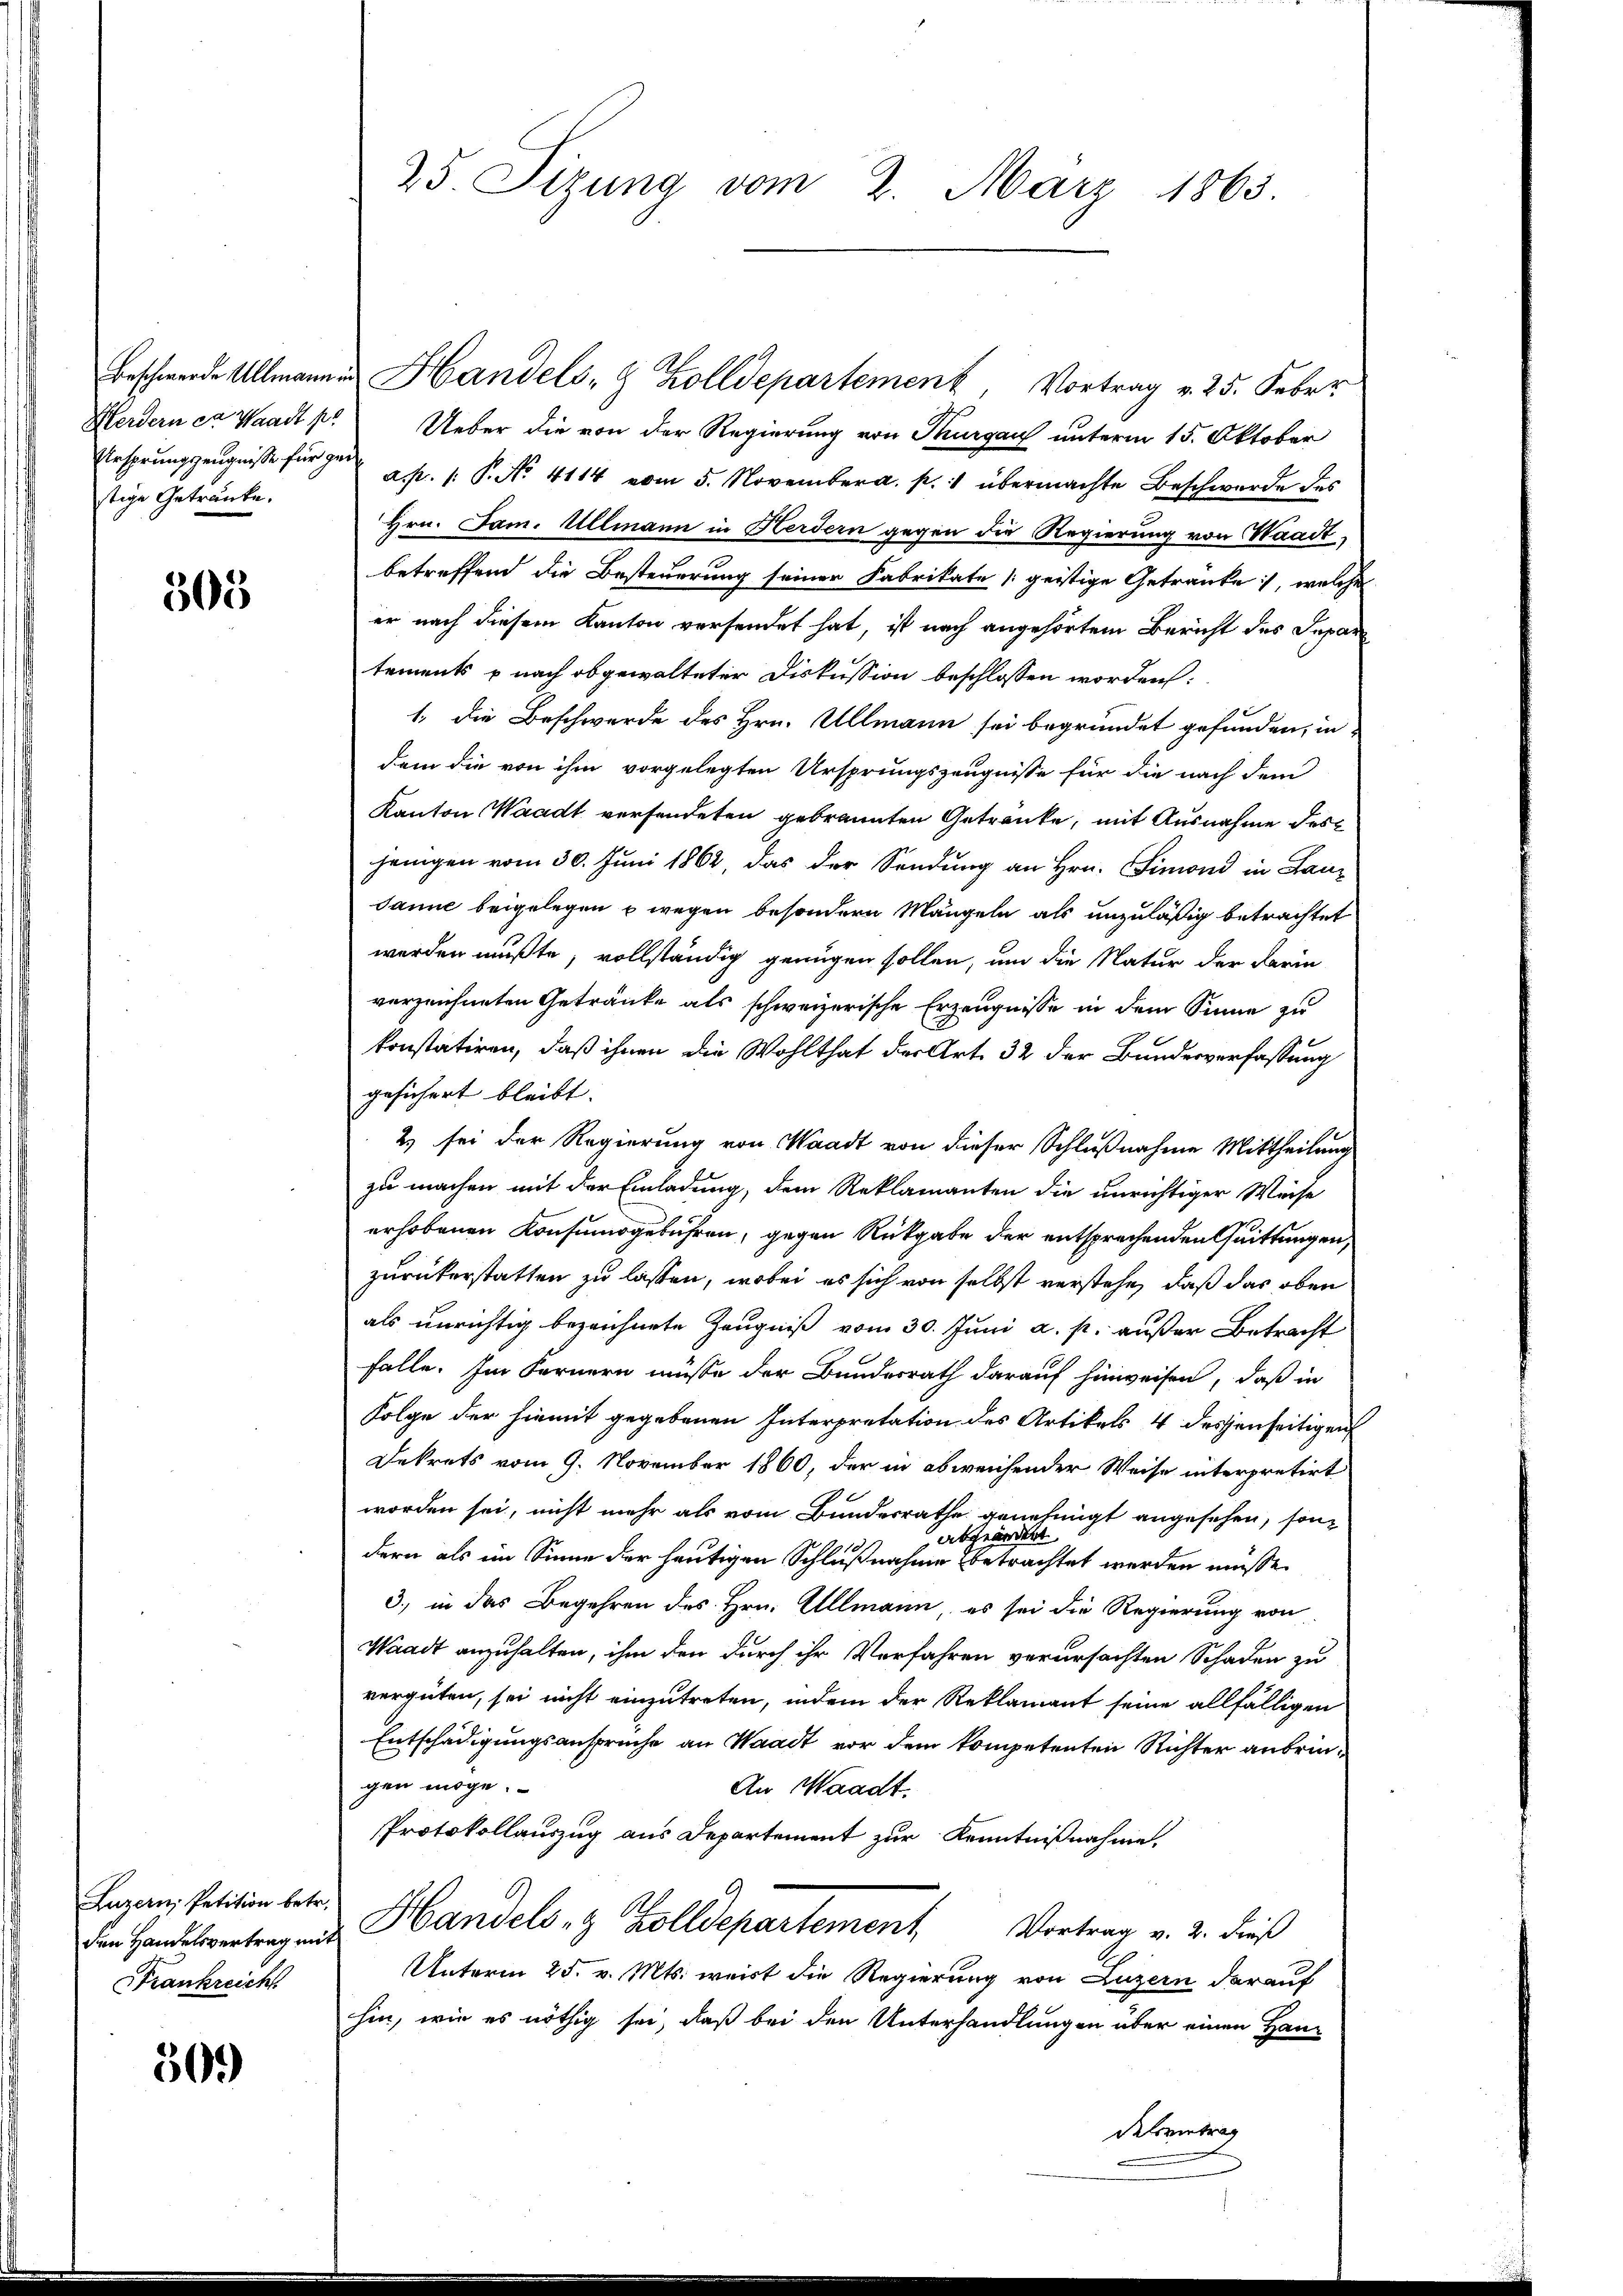
stige Getränke.

365

Luzern, Petition betr.
den Handelsvertrag mit
Frankreich

50.

Beschwerde Ullmannen Handels- & Zolldepartement Vortrag v. 25. Feber
Herdern et Waadt pr Ueber die von der Regierung von Thurgau unterm 15. Oktober
Ursprungszeugnisse für der a. 1. P. No. 4114 vom 5. November a. p. 1 übermachte Beschwerde des
Hrn. Jam. Ullmann in Herdern gegen die Regierung von Waadt,
betreffend die Besteuerung seiner Fabrikate [geistige Getränke, welche
er nach diesem Kanton versendet hat, ist nach angehörtem Bericht des Depar
tements nach obgewalteter Diskussion beschlossen worden:
1. die Beschwerde des Hrn. Ullmann sei begründet gefunden, in
dem die von ihm vorgelegten Ursprungszeugnisse für die nach dem
Kanton Waadt versendeten gebrannten Getränke, mit Ausnahme des
jenigen vom 30. Juni 1862, das der Sendung an Hrn. Simond in Lanz
Janne beigelegen u wegen besondern Mängeln als unzuläßig betrachtet
werden mußte, vollständig genügen sollen, um die Natur der darin
verzeichneten Getränke als schweizerische Erzeugnisse in dem Sinne zu
konstatiren, daß ihnen die Wohlthat der Art. 32 der Bundesverfassung
gesichert bleibt. |
2) sei der Regierung von Waadt von dieser Schlußnahme Mittheilung
zu machen mit der Einladung, dem Reklamanten die unrichtiger Weise
erhobenen Konsumsgebühren, gegen Rückgabe der entsprechenden Quittungen,
zurükerstatten zu lassen, wobei es sich von selbst verstehe, daß das oben
als unrichtig bezeichnete Zeugniß vom 30. Juni a. p. außer Betracht
falle. Im Fernern müsse der Bundesrath darauf hinweisen, daß in
Folge der hiemit gegebenen Interpretation des Artikels 4 desjenseitigen
Dekrets vom 9. November 1860, der in abweichender Weise interpretirt
worden sei, nicht mehr als vom Bundesrathe genehmigt angesehen, sonabgeändet
dern als im Sinne der heutigen Schlußnahme betrachtet werden müsse.
3.) in das Begehren des Hrn. Allmann, es sei die Regierung von
Waadt anzuhalten, ihm den durch ihr Verfahren verursachten Schaden zu
vergüten, sei nicht einzutreten, indem der Reklamant seine allfälligen
Entschädigungsansprüche an Waadt vor dem kompetenten Richter anbringen möge.
An Waadt.
Protokollauszug aus Departement zur Kenntnißnahme.
Handels- & Zolldepartement Vortrag v. 2. dieß
Unterm 25. v. Mts. weirt die Regierung von Luzern darauf
hin, wie es nöthig sei, daß bei den Unterhandlungen über einen Handelsvertrag

25. Sizung vom 2. März 1863.